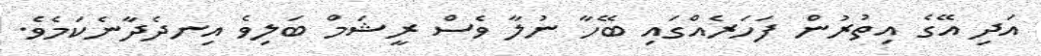
އަދި އޭގެ އިތުރުން ފަހަރެއްގައި ބޭހާ ނުލާ ވެސް ރީޝަމް ބަލިވެ އިނދެދާނެކަމެވެ.